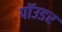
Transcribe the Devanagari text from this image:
पॉउडर